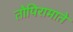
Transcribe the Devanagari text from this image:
तोपिरामाते